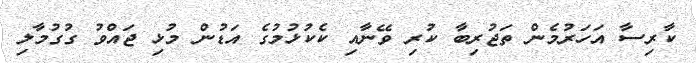
ކާރިސާ އަހަރުމެން ތަޖުރިބާ ކުރި ވޭނާއި ކެކުޅުމުގެ އަޑުން މުޅި ޖައްވު ގުގުމާލި